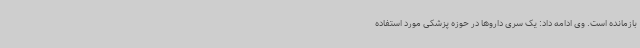
بازمانده است. وی ادامه داد: یک سری داروها در حوزه پزشکی مورد استفاده